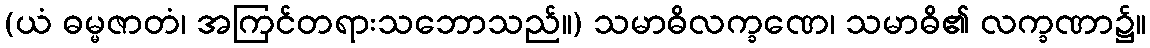
(ယံ ဓမ္မဇာတံ၊ အကြင်တရားသဘောသည်။) သမာဓိလက္ခဏေ၊ သမာဓိ၏ လက္ခဏာ၌။